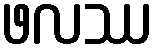
ဖလဿ